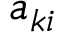
a _ { k i }